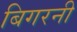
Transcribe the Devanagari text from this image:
बिगरनी